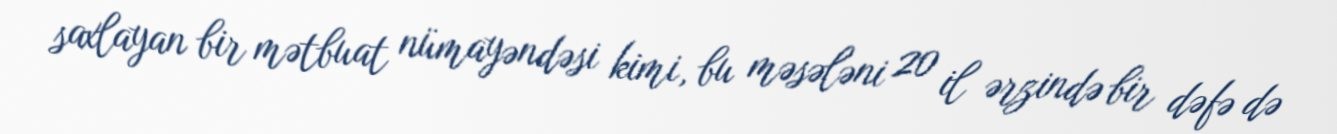
saxlayan bir mətbuat nümayəndəsi kimi, bu məsələni 20 il ərzində bir dəfə də